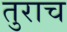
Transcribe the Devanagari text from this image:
तुराच